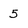
Character: 5